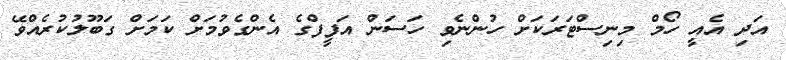
އަދި އެއީ ހޯމް މިނިސްޓަރަކަށް ހުންނެވި ހަސަން އަފީފްގެ އެންގެވުމަށް ކަމަށް ގަބޫލުކުރެއްވޭ